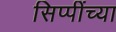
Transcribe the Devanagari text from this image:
सिप्पींच्या